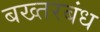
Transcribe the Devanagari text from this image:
बख्तरबंध